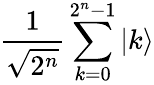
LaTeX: {\frac{1}{\sqrt{2^{n}}}}\sum_{k=0}^{2^{n}-1}|k\rangle